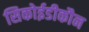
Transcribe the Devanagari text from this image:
सिकोईडीकौन